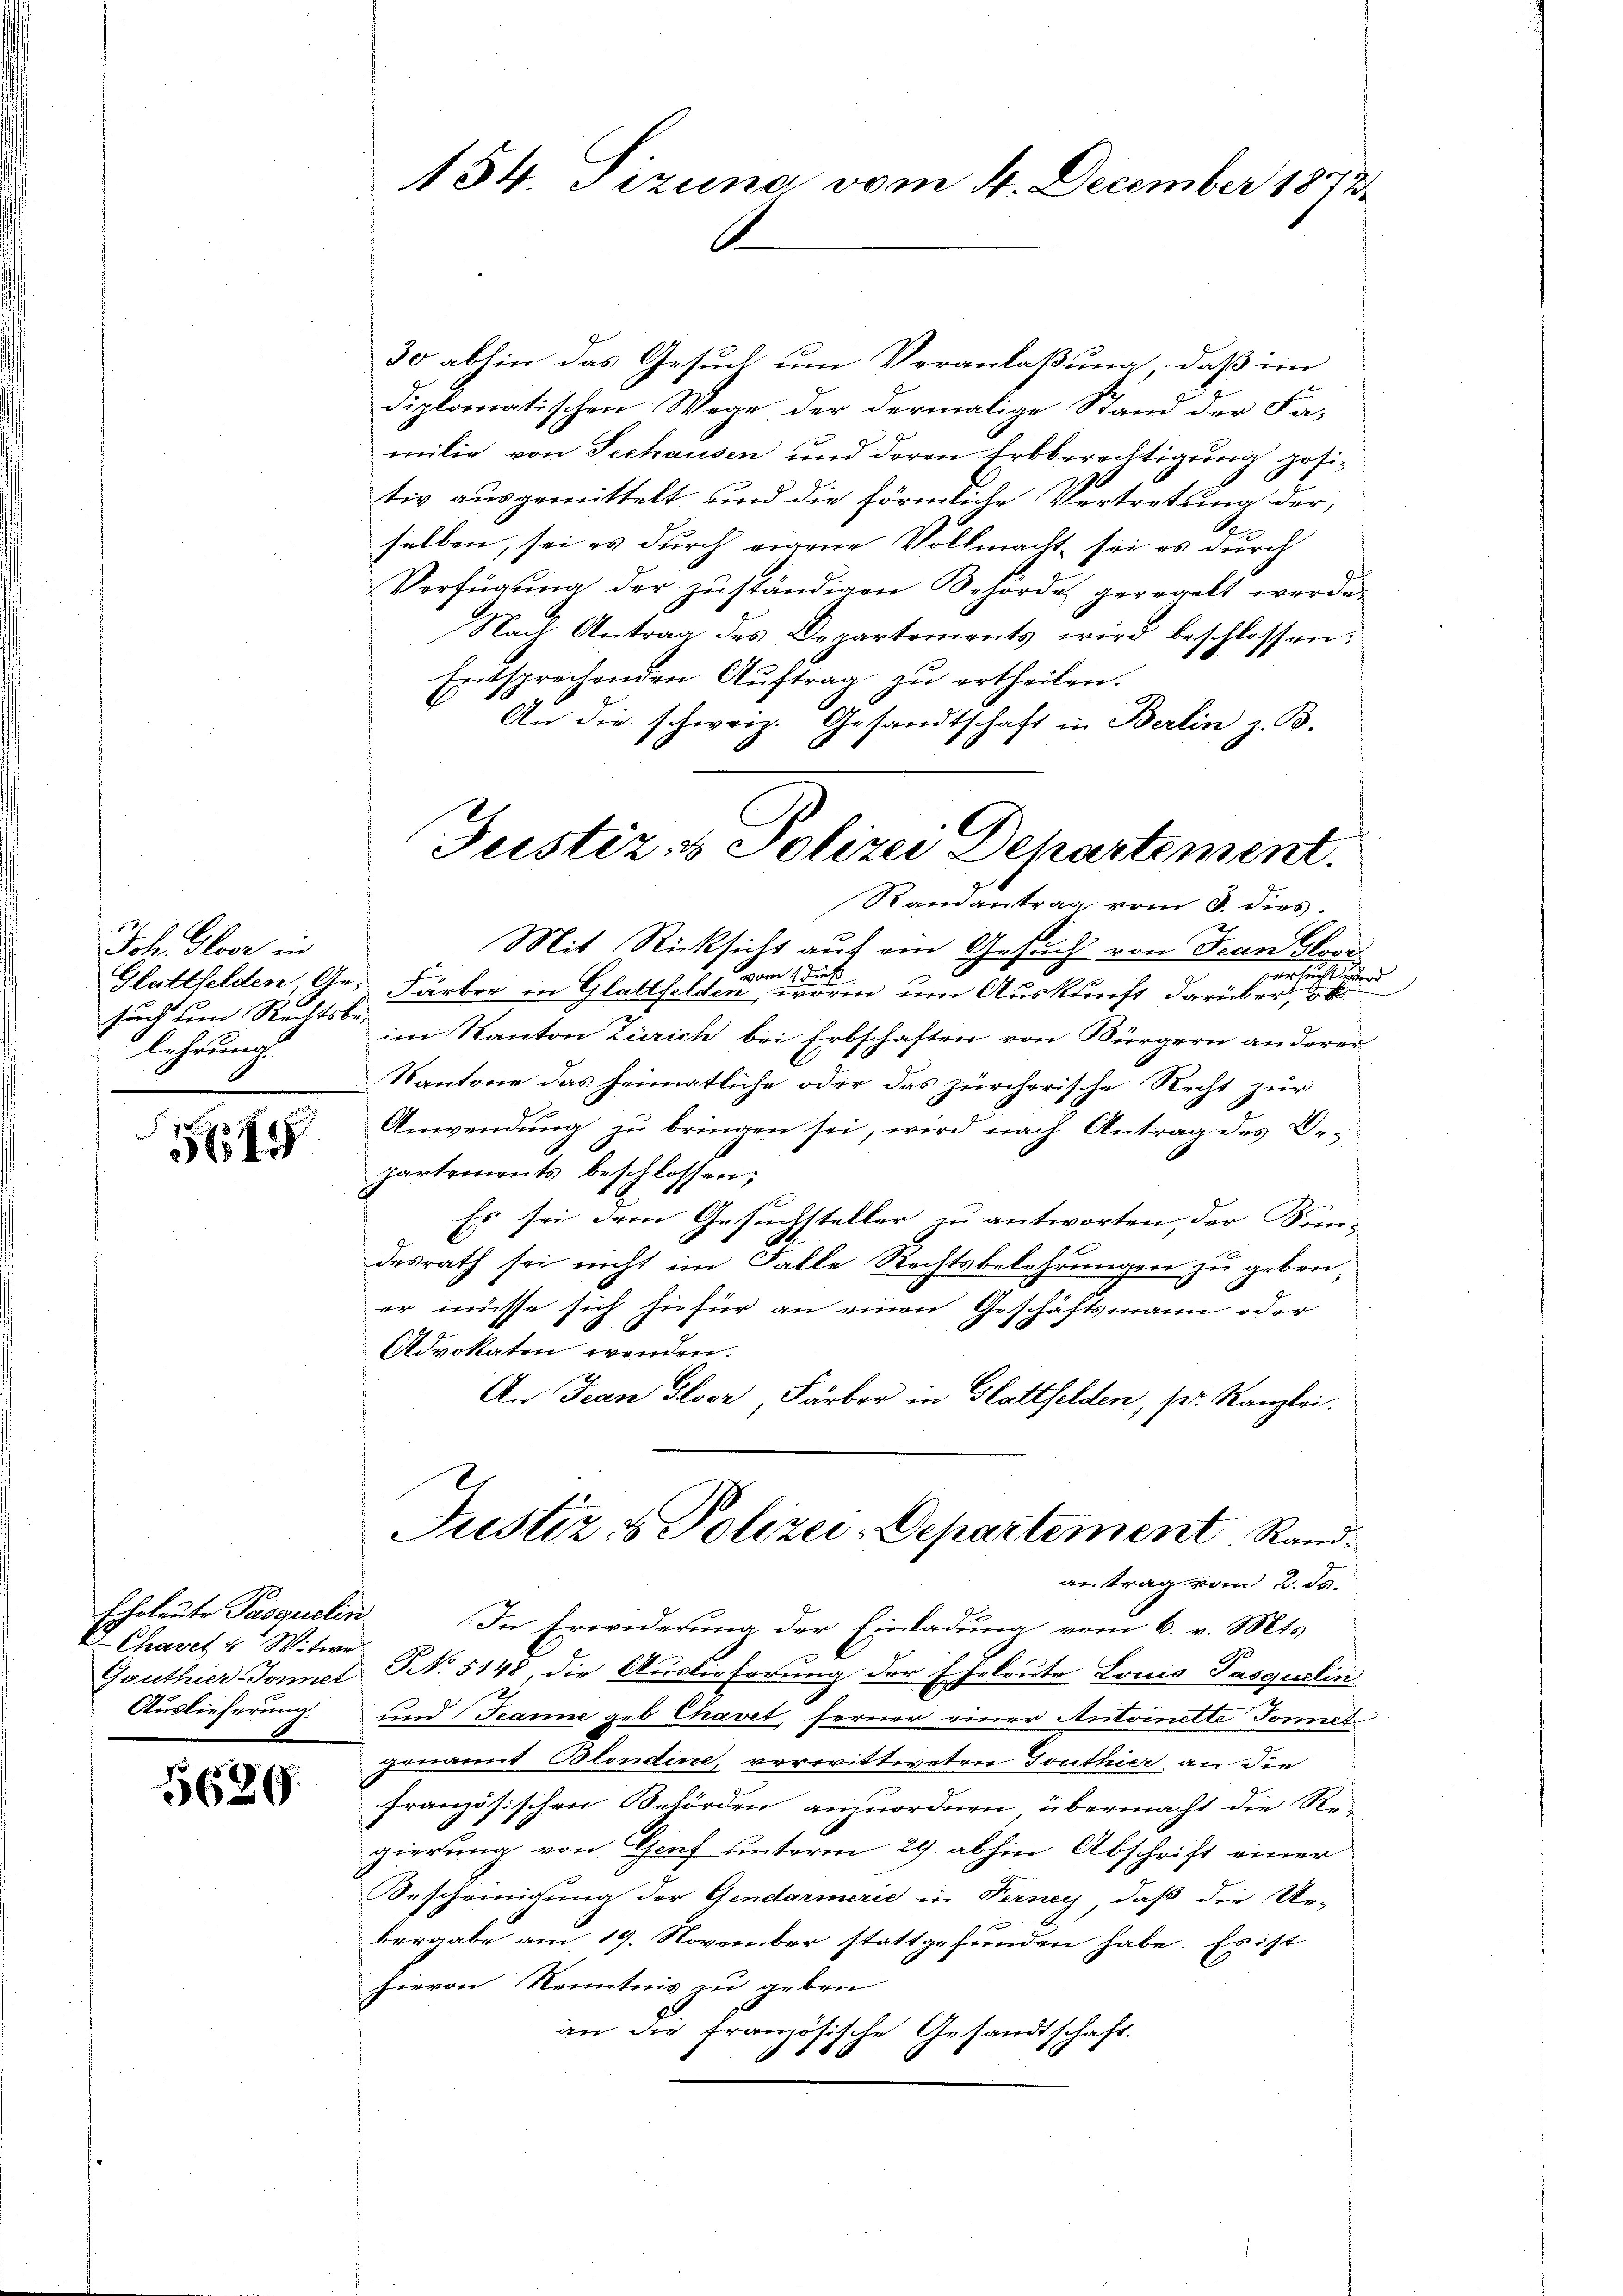
Joh. Gloor in
Glattfelden, Ge-
e
sind um Rechtsbe-
lehrung.

18

Eheleute Passarielis
Chavet u Witwe
Gouthier-Sonnet
Auslieferung.

5629

154. Tizuna vom 4. December 1872

30 abhin das Gesuch um Veranlaßung, daß ein
diplomatischen Wege der dermalige Stand der Fa-
milie von Seehausen und deren Erbberechtigung positiv ausgemittelt und die förmliche Vertretung der
selben, sei es durch eigene Vollmacht sei es durch
Verfügung der zuständigen Behörde geregelt werde.
Nach Antrag des Departements wird beschlossen:
Entsprechenden Aŭftrag zŭ ertheilen.
An die schweiz. Gesandtschaft in Berlin z. B.
Randantrag vom 8. dies
Mit Rücksicht auf ein Gesuch von Fran glorivom 1 der
zer sicht und
Färber in Glattfelden, worin um Auskunft darüber, ob
im Kanton Zürich bei Erbschaften von Bürgern anderer
Kantone das heimatliche oder das zürcherische Recht zur
Anwendung zu bringen sei, wird nach Antrag des Bepartements beschlossen;
Es sei dem Gesuchsteller zu antworten, der Kin-
desrath sei nicht im Falle Rechtsbelehrungen zu geben;
er müsse sich hiefür an einen Geschäftsmann oder
Advokaten wenden.
An Jean Gloor, Färber in Glattfelden, pr. Kanzlei.
Justiz- & Polizei-Departement Randantrag vom 2. ds.
.
In Erwiderung der Einladung vom 6. v. Mts.
NNo. 5148 die Auslieferung der Eheleute Louis Pasquelin
und Jeanne geb Cravet, ferner einer Antoinette Tonet
uamnt Blondine, verwittweten Touthier an die
französischen Behörden anzuordnen übermacht die Re-
gierung von Genf unterm 29. abhin Abschrift einer
Bescheinigung der Gendarmerie in Ferney, daß die Ur-
bergabe am 19. November stattgefunden habe. Es ist
hievon Kenntnis zu geben
an die französische Gesandtschaft.
e

Justiz- & Polizei Departement.